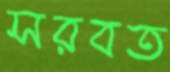
সরবত